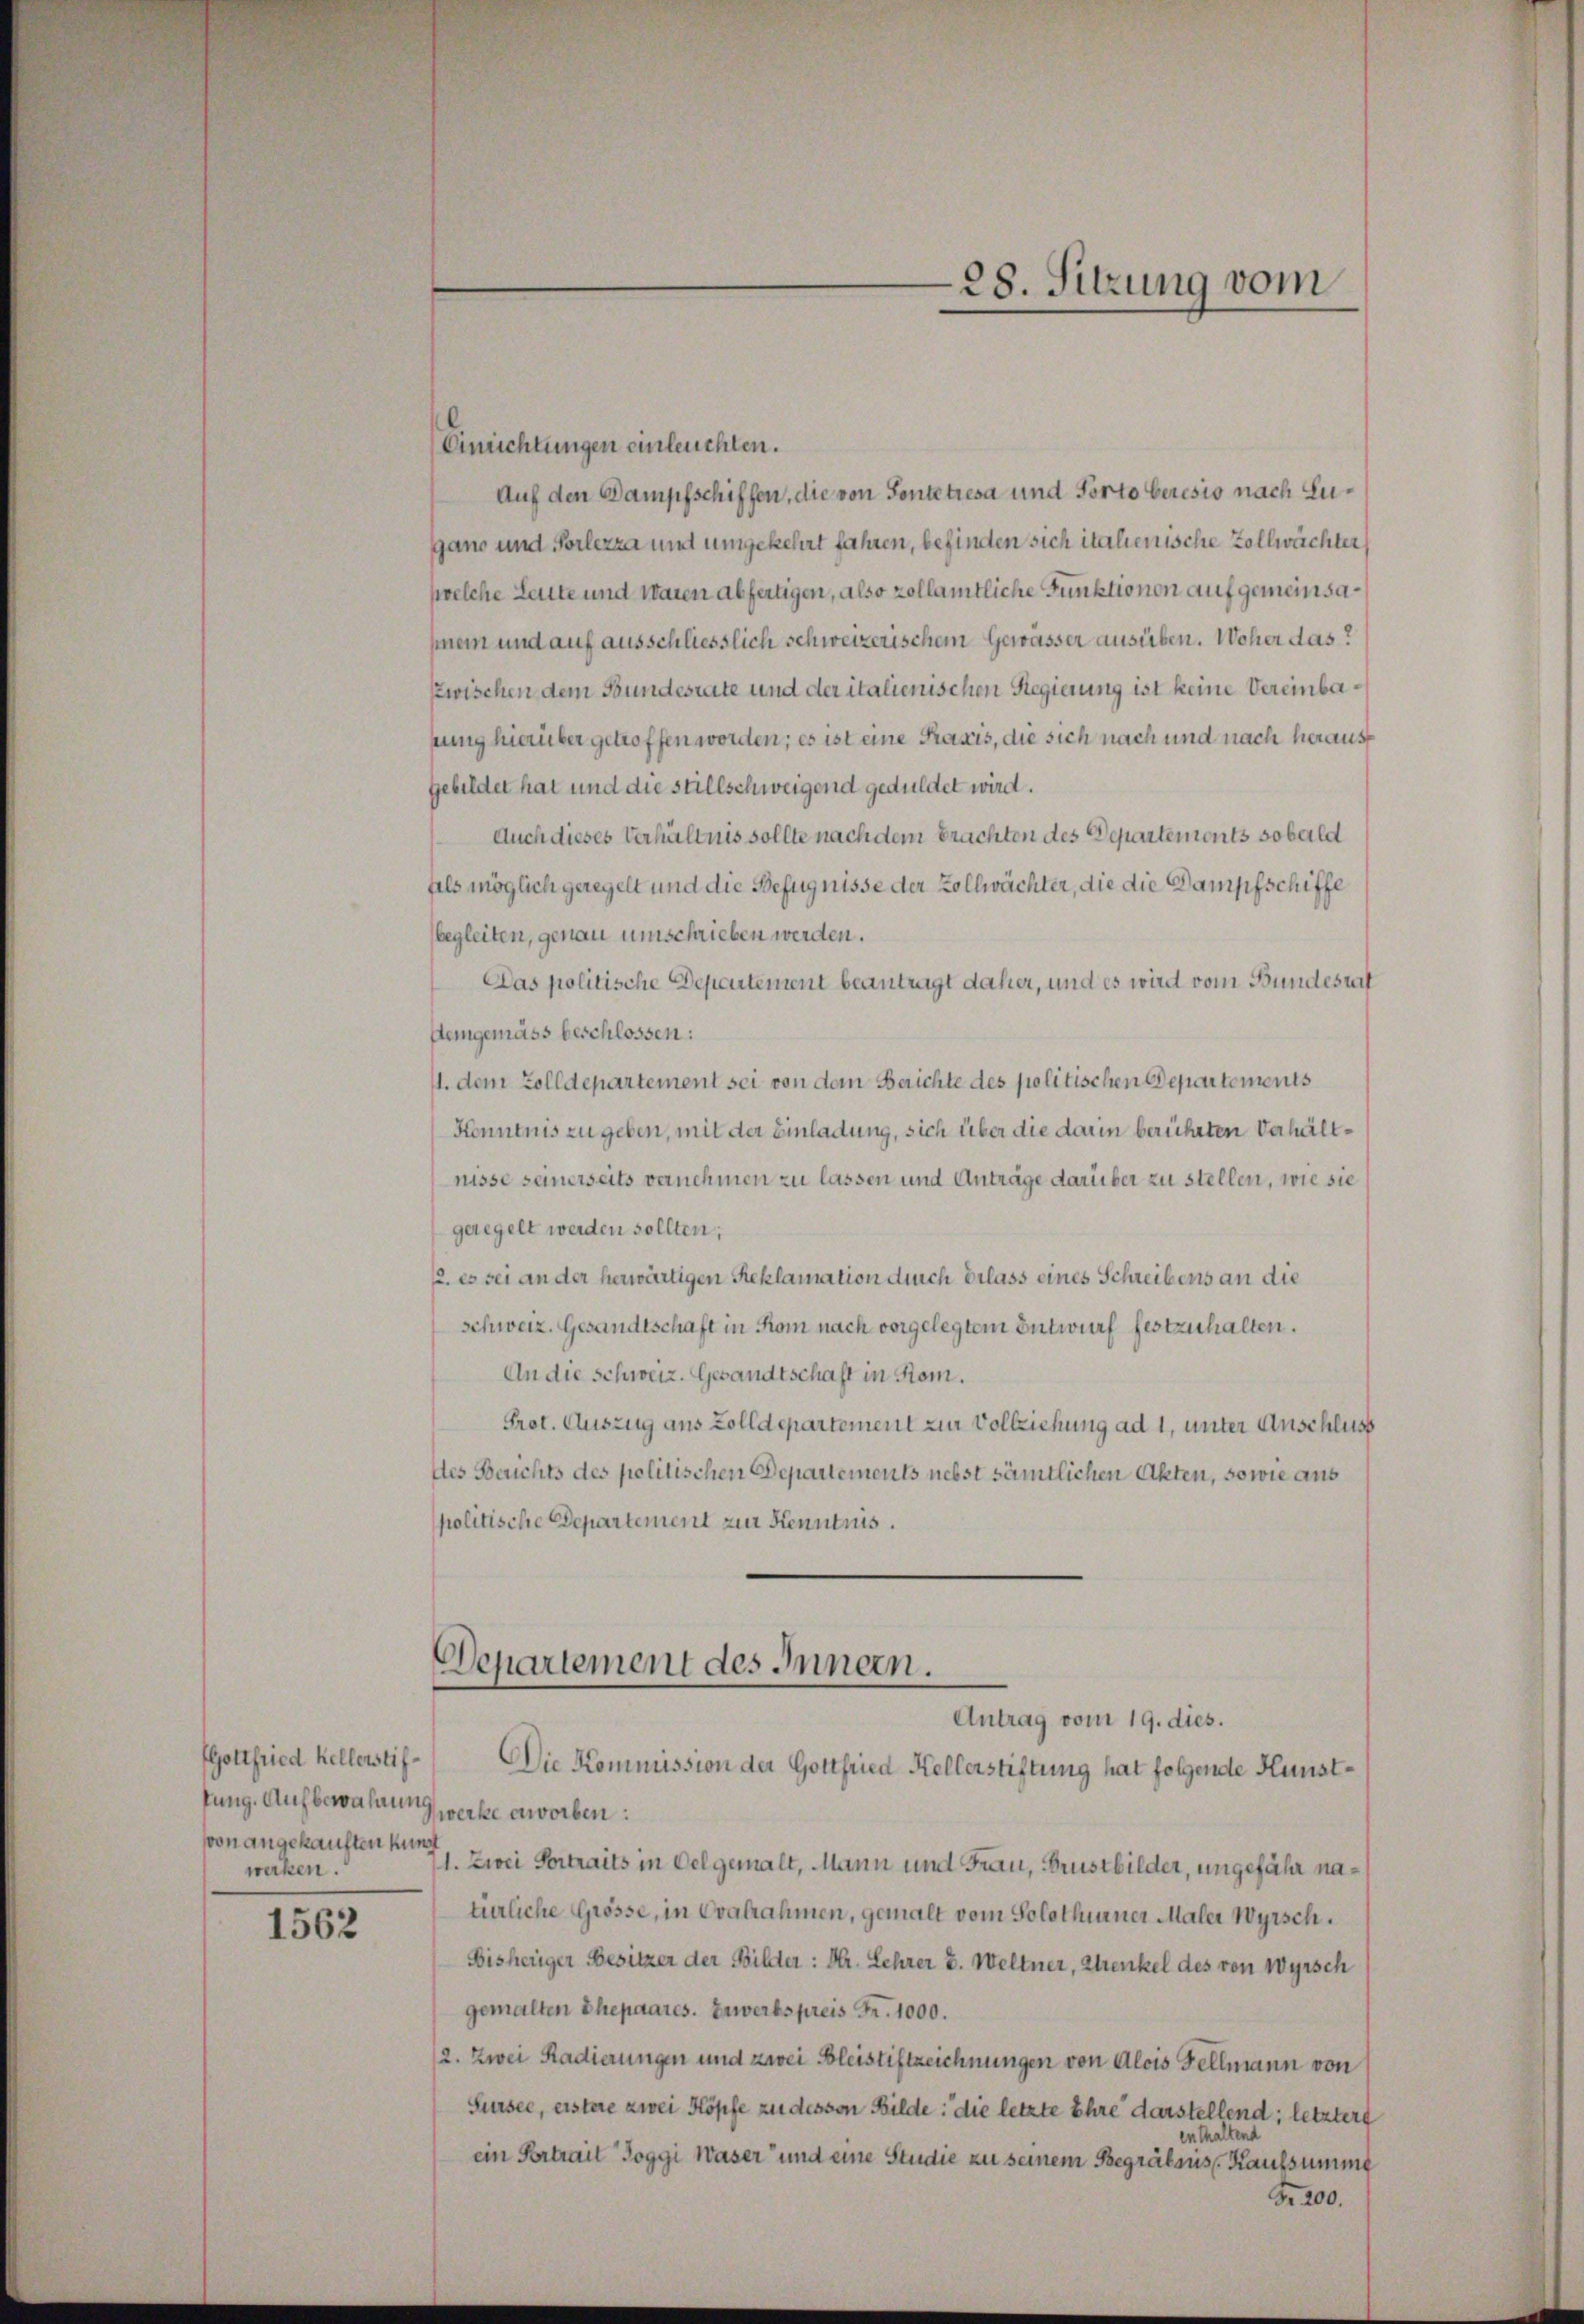
(Gottfried Kellerstiftung. Aufbewahrung
von angekauften kund
werken.

1562

Einrichtungen einleuchten.
Auf den Dampfschiffen, die von Sontetresa und Porto beresio nach Lugano und Vorlezza und umgekehrt fahren, befinden sich italienische Vollwächter
welche Leute und waren abfertigen, also zollamtliche Funktionen auf gemeinsanein und auf ausschliesslich schweizerischem Gewässer ausüben. Woher das?
zwischen dem Bundesrate und der italienischen Regierung ist keine Vereinbapung hierüber getroffen worden; es ist eine Praxis, die sich nach und nach heraus¬
Gebildet hat und die stillschweigend geduldet wird.
Auch dieses Verhältnis sollte nach dem brachten des Departements sobald
fils möglich geregelt und die Befugnisse der Zollwächter, die die Dampfschiffe
begleiten, genau umschrieben werden.
Das politische Departement beantragt daher, und es wird vom Bundesrat
Demgemäss beschlossen:
1. dem Zolldepartement sei von dem Berichte des politischen Departements
Kenntnis zu geben, mit der Einladung, sich über die darin berührten Verhältnisse seinerseits vernehmen zu lassen und Anträge darüber zu stellen, wie sie
geregelt werden sollten;
p. es sei an der herwärtigen Reklamation durch Erlass eines Schreibens an die
Schweiz. Gesandtschaft in Rom nach vorgelegtem Entwurf festzuhalten.
An die Schweiz. Gesandtschaft in Rom.
Prot. Auszug aus Zolldepartement zur Vollziehung ad 1, unter Anschluss
des Berichts des politischen Departements nebst sämtlichen Akten, sowie aus
politische Departement zur Kenntnis.
Departement des Innern.
Antrag vom 19. dies.
Die Kommission der Gottfried Kellerstiftung hat folgende Kunstwerke erworben:
1. Zwei Vortraits in Oel gemalt, Mann und Frau, Brustbilder, ungefähr natürliche Grösse, in Evalrahmen, gemalt vom Solothurner Maler Wyrsch.
Bisheriger Besitzer der Bilder: Dr. Lehrer B. Weltner, Strenkel des von Wyrsch
gemalten Ehepaares. Erwerbspreis Fr. 1000.
2. Zwei Radierungen und zwei Bleistiftzeichnungen von Alois Fellmann von
Sursee, erstere zwei Köpfe zu dessen Bilde: die letzte Ehre darstellend; letztere
enthaltend
ein Portrait Toggi Waser“ und eine Studie zu seinem Begräbens Kaufsumme
Fr. 200.

28. Sitzung vom